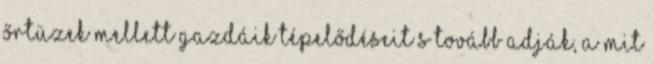
őrtüzek mellett gazdáik tépelődéseit s tovább adják, a mit